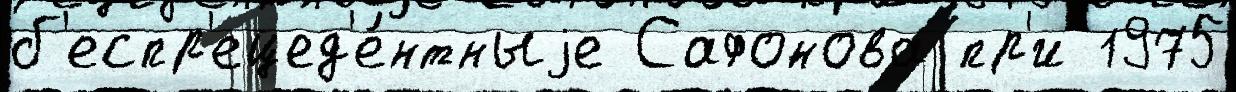
б'еспр'ецед'е́нтныjе Сафонова пр'и 1975